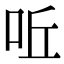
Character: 𠰋